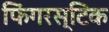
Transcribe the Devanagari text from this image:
फिंगरस्टिक